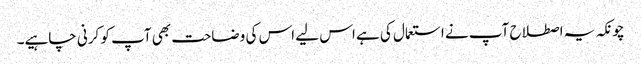
چونکہ یہ اصطلاح آپ نے استعمال کی ہے اس لیے اس کی وضاحت بھی آپ کو کرنی چاہیے۔